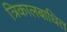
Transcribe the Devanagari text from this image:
त्रिकालबाधित